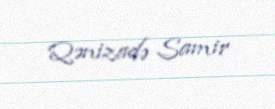
Qənizadə Samir